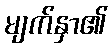
မျက်နှာ၏